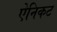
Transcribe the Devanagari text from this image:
ऐनिकट